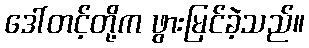
ဒေါ်တင့်တို့က ဖွားမြင်ခဲ့သည်။